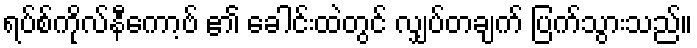
ရပ်စ်ကိုလ်နီကော့ဗ် ၏ ခေါင်းထဲတွင် လျှပ်တချက် ပြက်သွားသည်။